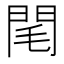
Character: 閐